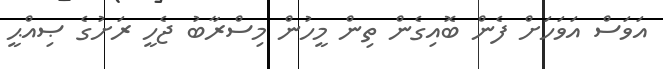
އަވަސް އަވަހަށް ފެން ބޮއިގެން ތިން މީހުން މިސްރާބު ޖެހީ ރަށުގެ ޞިއްޙީ